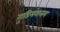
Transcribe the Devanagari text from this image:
गुडिमंगलम